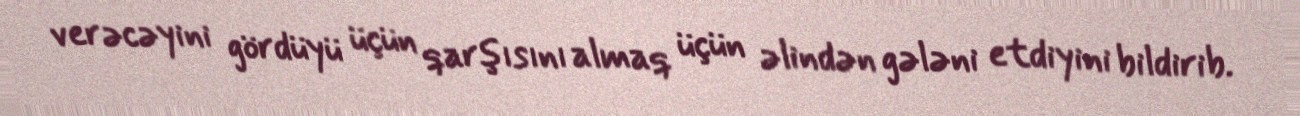
verəcəyini gördüyü üçün qarşısını almaq üçün əlindən gələni etdiyini bildirib.